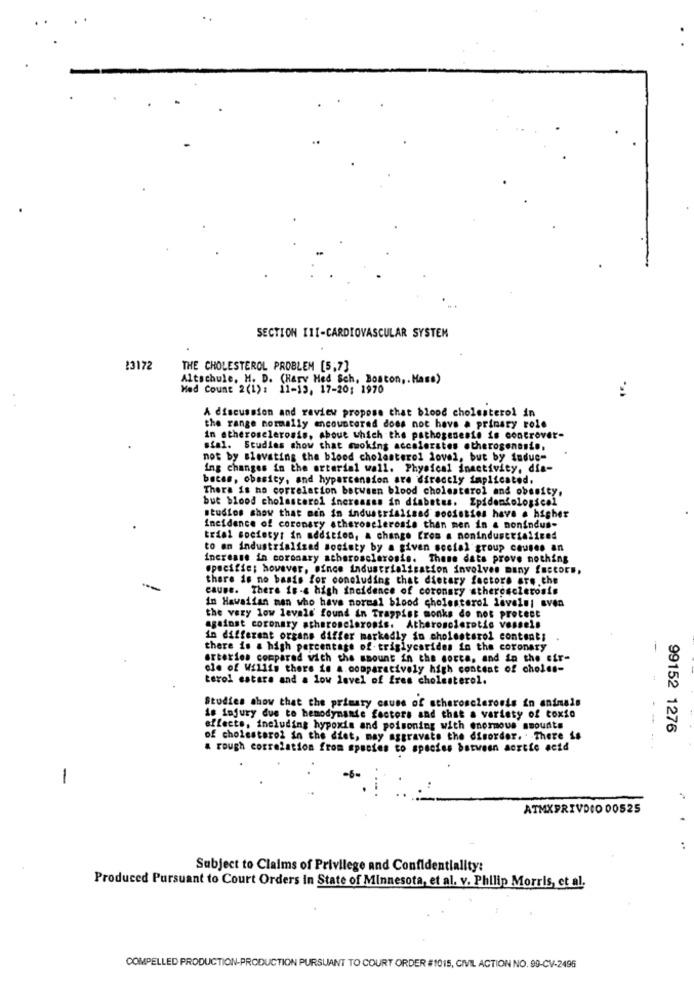
SECTION III-CARDIOVASCULAR SYSTEM
23172
THE CHOLESTEROL PROBLEM [5,7]
Altschule, M. D. (Harv Med Sch, Boston ,, Mase)
Mad Count 2(1): 11-13, 17-20: 1970
A discussion and review propose that blood cholesterol in
the range normally encountered does not have a primary role
in atherosclerosis, about which the pathogenesis is controver-
stal. Studies show that mwoking accelerates otheroseneste,
not by slovating the blood cholesterol lovel, but by induc-
ing changes in the arterial wall. Physical inactivity, dia-
bates, obesity, and hypertension are directly implicated.
There is no correlation between blood cholesterol and obesity,
but blood cholesterol increases in diabetes. Epidemiological
studies show that men in industrialised societies have a higher
Incidence of coronary atherosclerosis than men in a nonindus-
trial society: in addition, a change Eros a nonindustrialized
to an industrialized society by a given social group causes an
increase in coronary atherosclerosis. These dats prove nothing
specifie; however, since industrialisation involves many factors,
there is no basis for concluding that dietary factors are the
cause. There is-& high incidence of coronary atherosclerosis
in Hawaiian man who have normal blood cholesterol levels; sven
the very low levels found in Trappist monks do not protest
against coronary atherosclerosis. Atherosclerotic vessels
in different organs differ markedly in cholesterol content;
there is a high percentage of triglycerides in the coronary
arteries compared with the amount in the corta, and in the air-
-
ole of Willis there is a comparatively high content of choles-
terol catara and a low level of fres cholesterol.
Studies show that the primary cause of atherosclerosis in animals
is injury due to hemodynamie factors and that a variety of toxio
effects, including hypoxia and poisoning with enormous amounts
99152 1276
of cholesterol in the diet, may aggravate the disorder. . There is
a rough correlation from species to species between sortie acid
--..
-
ATMXPRIVDIO 00525
Subject to Claims of Privilege and Confidentiality:
Produced Pursuant to Court Orders In State of Minnesota, et al. v. Philip Morris, et al.
COMPELLED PRODUCTION-PRODUCTION PURSUANT TO COURT ORDER #1015, CIVIL ACTION NO. 90-CV-2496